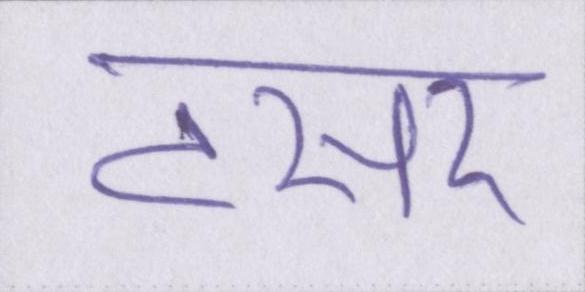
टसर